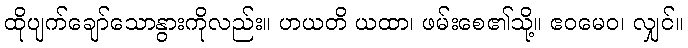
ထိုပျက်ချော်သောနွားကိုလည်း။ ဟယတိ ယထာ၊ ဖမ်းစေ၏သို့။ ဧဝမေဝ၊ လျှင်။